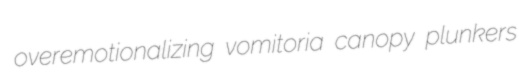
overemotionalizing vomitoria canopy plunkers